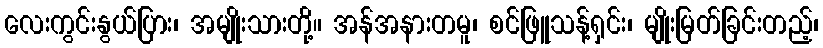
လေးကွင်းနွယ်ပြား၊ အမျိုးသားတို့။ အန်အနားတမူ၊ စင်ဖြူသန့်ရှင်း၊ မျိုးမြတ်ခြင်းတည့်၊